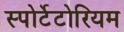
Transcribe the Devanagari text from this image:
स्पोर्टेटोरियम